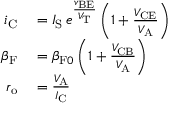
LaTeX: \begin{array} { r l } { i _ { \mathrm { C } } } & { { } = I _ { \mathrm { S } } \, e ^ { \frac { v _ { \mathrm { B E } } } { V _ { \mathrm { T } } } } \left( 1 + { \frac { V _ { \mathrm { C E } } } { V _ { \mathrm { A } } } } \right) } \\ { \beta _ { \mathrm { F } } } & { { } = \beta _ { { \mathrm { F } } 0 } \left( 1 + { \frac { V _ { \mathrm { C B } } } { V _ { \mathrm { A } } } } \right) } \\ { r _ { \mathrm { o } } } & { { } = { \frac { V _ { \mathrm { A } } } { I _ { \mathrm { C } } } } } \end{array}